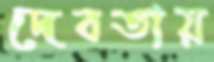
দেবতায়